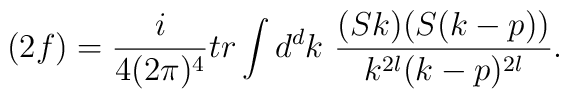
(2f) = \frac{i}{4(2\pi)^4}tr \int d^dk\ \frac{(Sk)(S(k-p))}{k^{2l}(k-p)^{2l}}.